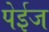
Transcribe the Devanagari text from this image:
पेईज